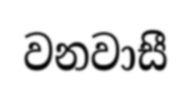
වනවාසී